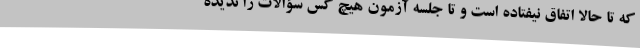
که تا حالا اتفاق نیفتاده است و تا جلسه آزمون هیچ کس سؤالات را ندیده